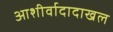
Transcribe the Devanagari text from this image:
आशीर्वादादाखल